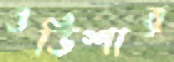
ওডিশার